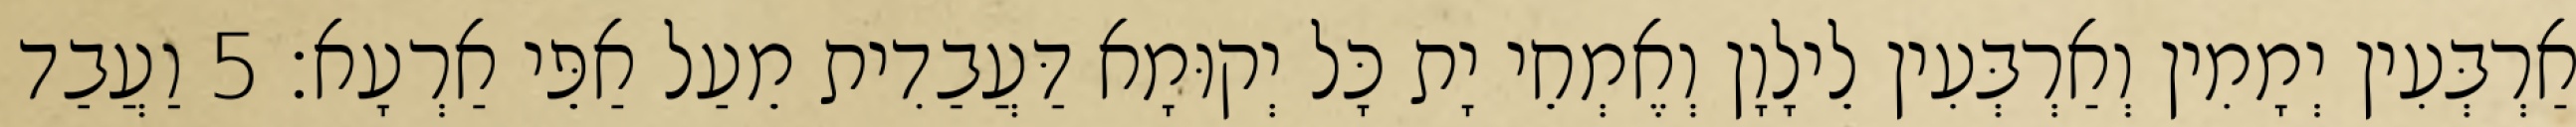
אַרְבְּעִין יְמָמִין וְאַרְבְּעִין לֵילָוָן וְאֶמְחֵי יָת כָּל יְקוּמָא דַּעֲבַדִית מֵעַל אַפֵּי אַרְעָא׃ 5 וַעֲבַד